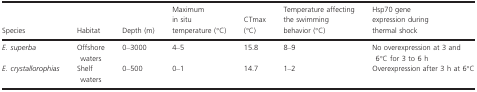
<table><thead><tr><td><b>Species</b></td><td><b>Habitat</b></td><td><b>Depth (m)</b></td><td><b>Maximum in situ temperature (°C)</b></td><td><b>CTmax (°C)</b></td><td><b>Temperature affecting the swimming behavior (°C)</b></td><td><b>Hsp70 gene expression during thermal shock</b></td></tr></thead><tbody><tr><td><i>E. superba</i></td><td>Offshore waters</td><td>0–3000</td><td>4–5</td><td>15.8</td><td>8–9</td><td>No overexpression at 3 and 6°C for 3 to 6 h</td></tr><tr><td><i>E. crystallorophias</i></td><td>Shelf waters</td><td>0–500</td><td>0–1</td><td>14.7</td><td>1–2</td><td>Overexpression after 3 h at 6°C</td></tr></tbody></table>